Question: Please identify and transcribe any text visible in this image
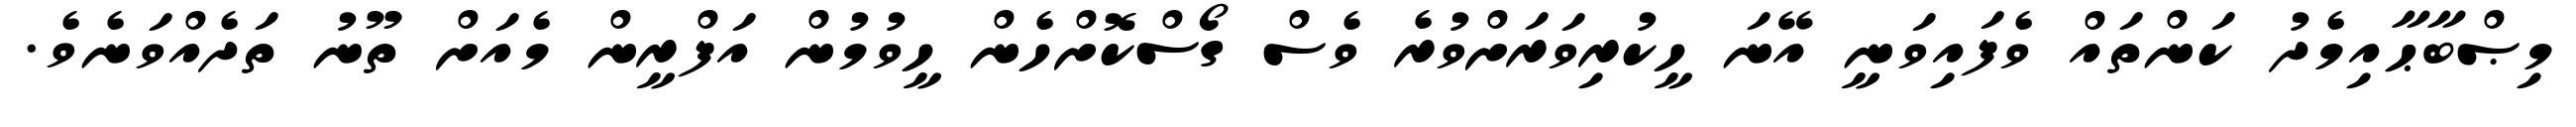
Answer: މިޞްބާޙާއިމެދު ކަންތައް ވެފައިވަނީ އޭނަ ހީކުރިވަރަށްވުރެ ވެސް ގޯސްކޮށްހެން ހީވުމުން އަފްރީން މެއަށް ތޫނު ތަދެއްވަނެވެ.